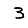
Digit: 3